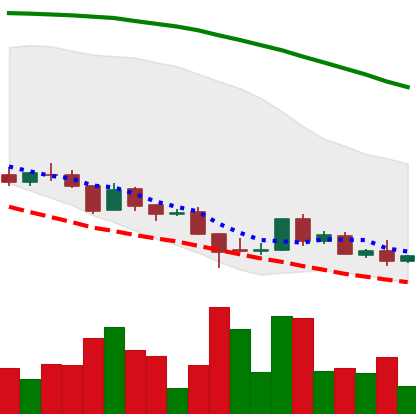
Ticker: ADA-USD
Chart end date: 2018-08-23
Forward return: 14.09%
Label: up_7plus